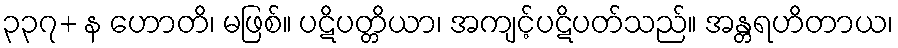
၃၃၇+ န ဟောတိ၊ မဖြစ်။ ပဋိပတ္တိယာ၊ အကျင့်ပဋိပတ်သည်။ အန္တရဟိတာယ၊